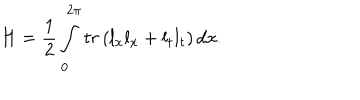
LaTeX: H = \frac 1 2 \int _ { 0 } ^ { 2 \pi } t r \left( l _ { x } l _ { x } + l _ { t } l _ { t } \right) d x .